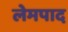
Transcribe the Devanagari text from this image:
लेमपाद